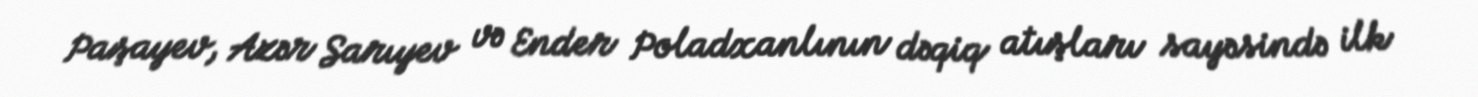
Paşayev, Azər Sarıyev və Ender Poladxanlının dəqiq atışları sayəsində ilk